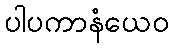
ပါပကာနံယေဝ